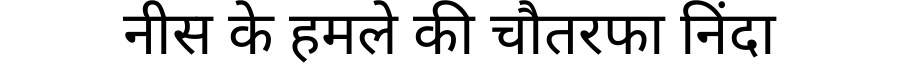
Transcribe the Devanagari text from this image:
नीस के हमले की चौतरफा निंदा